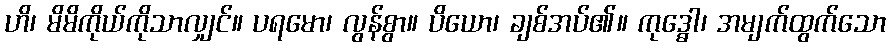
ဟိ၊ မိမိကိုယ်ကိုသာလျှင်။ ပရမော၊ လွန်စွာ။ ပိယော၊ ချစ်အပ်၏။ ကုဒ္ဓေါ၊ အမျက်ထွက်သော